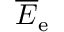
\overline { E } _ { \mathrm { e } }